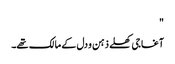
"
آغا جی کھلے ذہن و دل کے مالک تھے۔